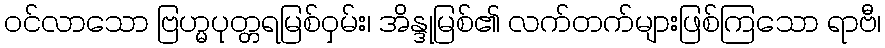
ဝင်လာသော ဗြဟ္မပုတ္တရမြစ်ဝှမ်း၊ အိန္ဒုမြစ်၏ လက်တက်များဖြစ်ကြသော ရာဗီ၊